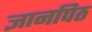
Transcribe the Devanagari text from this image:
ज्ञानपिठ